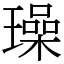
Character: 璪